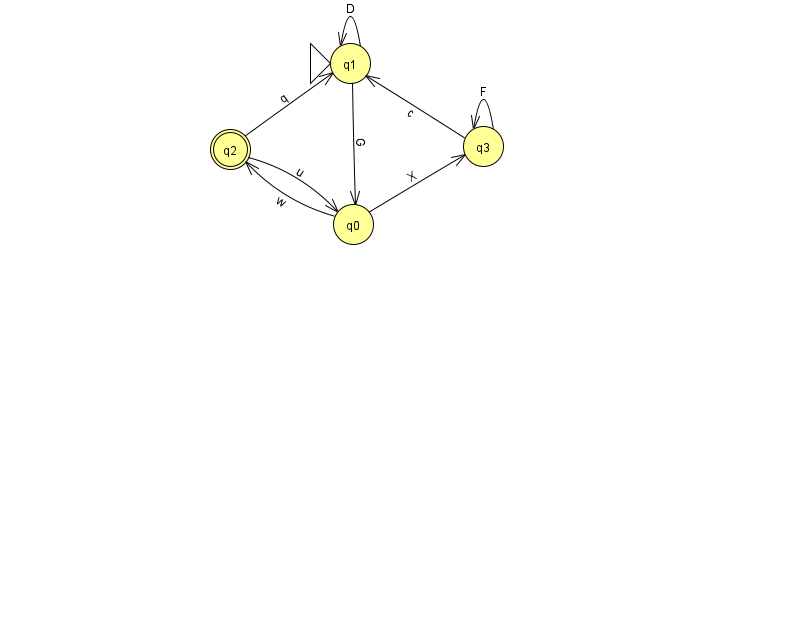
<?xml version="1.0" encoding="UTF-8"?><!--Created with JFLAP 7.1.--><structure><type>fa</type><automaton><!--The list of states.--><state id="0" name="q0"><x>353.0</x><y>211.0</y></state><state id="1" name="q1"><x>350.0</x><y>50.0</y><initial/></state><state id="2" name="q2"><x>230.0</x><y>136.0</y><final/></state><state id="3" name="q3"><x>483.0</x><y>133.0</y></state><!--The list of transitions.--><transition><from>1</from><to>1</to><read>D</read></transition><transition><from>3</from><to>3</to><read>F</read></transition><transition><from>2</from><to>1</to><read>q</read></transition><transition><from>0</from><to>2</to><read>w</read></transition><transition><from>3</from><to>1</to><read>c</read></transition><transition><from>2</from><to>0</to><read>u</read></transition><transition><from>0</from><to>3</to><read>X</read></transition><transition><from>1</from><to>0</to><read>G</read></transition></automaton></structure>